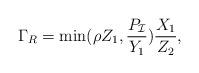
LaTeX: \begin{align*}\Gamma_{R}= \min (\rho {Z_1},\frac{{{P_{\cal I}}}}{{{Y_1}}})\frac{{{X_1}}}{{{Z_2}}},\end{align*}